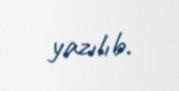
yazılıb.